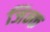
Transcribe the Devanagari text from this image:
जिन्क